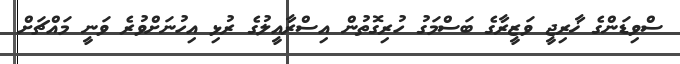
ސްވިޑަންގެ ޚާރިޖީ ވަޒީރާގެ ބަސްމަގު ހުރިގޮތުން އިސްރާއީލުގެ ރުޅި އިހުނަށްވުރެ ވަނީ މައްޗަށް